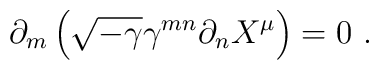
\partial_m\left(\sqrt{-\gamma}\gamma^{mn}\partial_n X^\mu\right)=0\ .